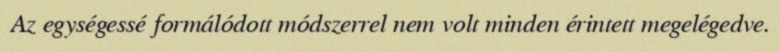
Az egységessé formálódott módszerrel nem volt minden érintett megelégedve.